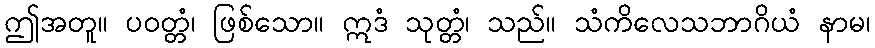
ဤအတူ။ ပဝတ္တံ၊ ဖြစ်သော။ ဣဒံ သုတ္တံ၊ သည်။ သံကိလေသဘာဂိယံ နာမ၊